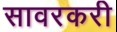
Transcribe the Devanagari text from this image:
सावरकरी